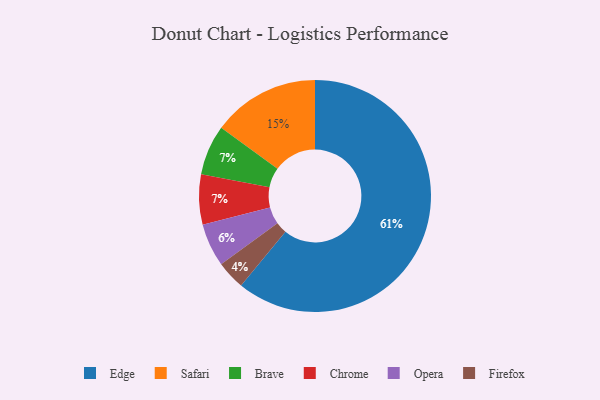
{"axis": {"x": "Category", "y": "Percentage"}, "legend": ["Brave", "Chrome", "Edge", "Firefox", "Opera", "Safari"], "data": [{"x": "Safari", "y": 15, "type": "Safari"}, {"x": "Opera", "y": 6, "type": "Opera"}, {"x": "Brave", "y": 7, "type": "Brave"}, {"x": "Firefox", "y": 4, "type": "Firefox"}, {"x": "Chrome", "y": 7, "type": "Chrome"}, {"x": "Edge", "y": 61, "type": "Edge"}]}